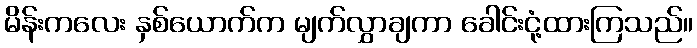
မိန်းကလေး နှစ်ယောက်က မျက်လွှာချကာ ခေါင်းငုံ့ထားကြသည်။